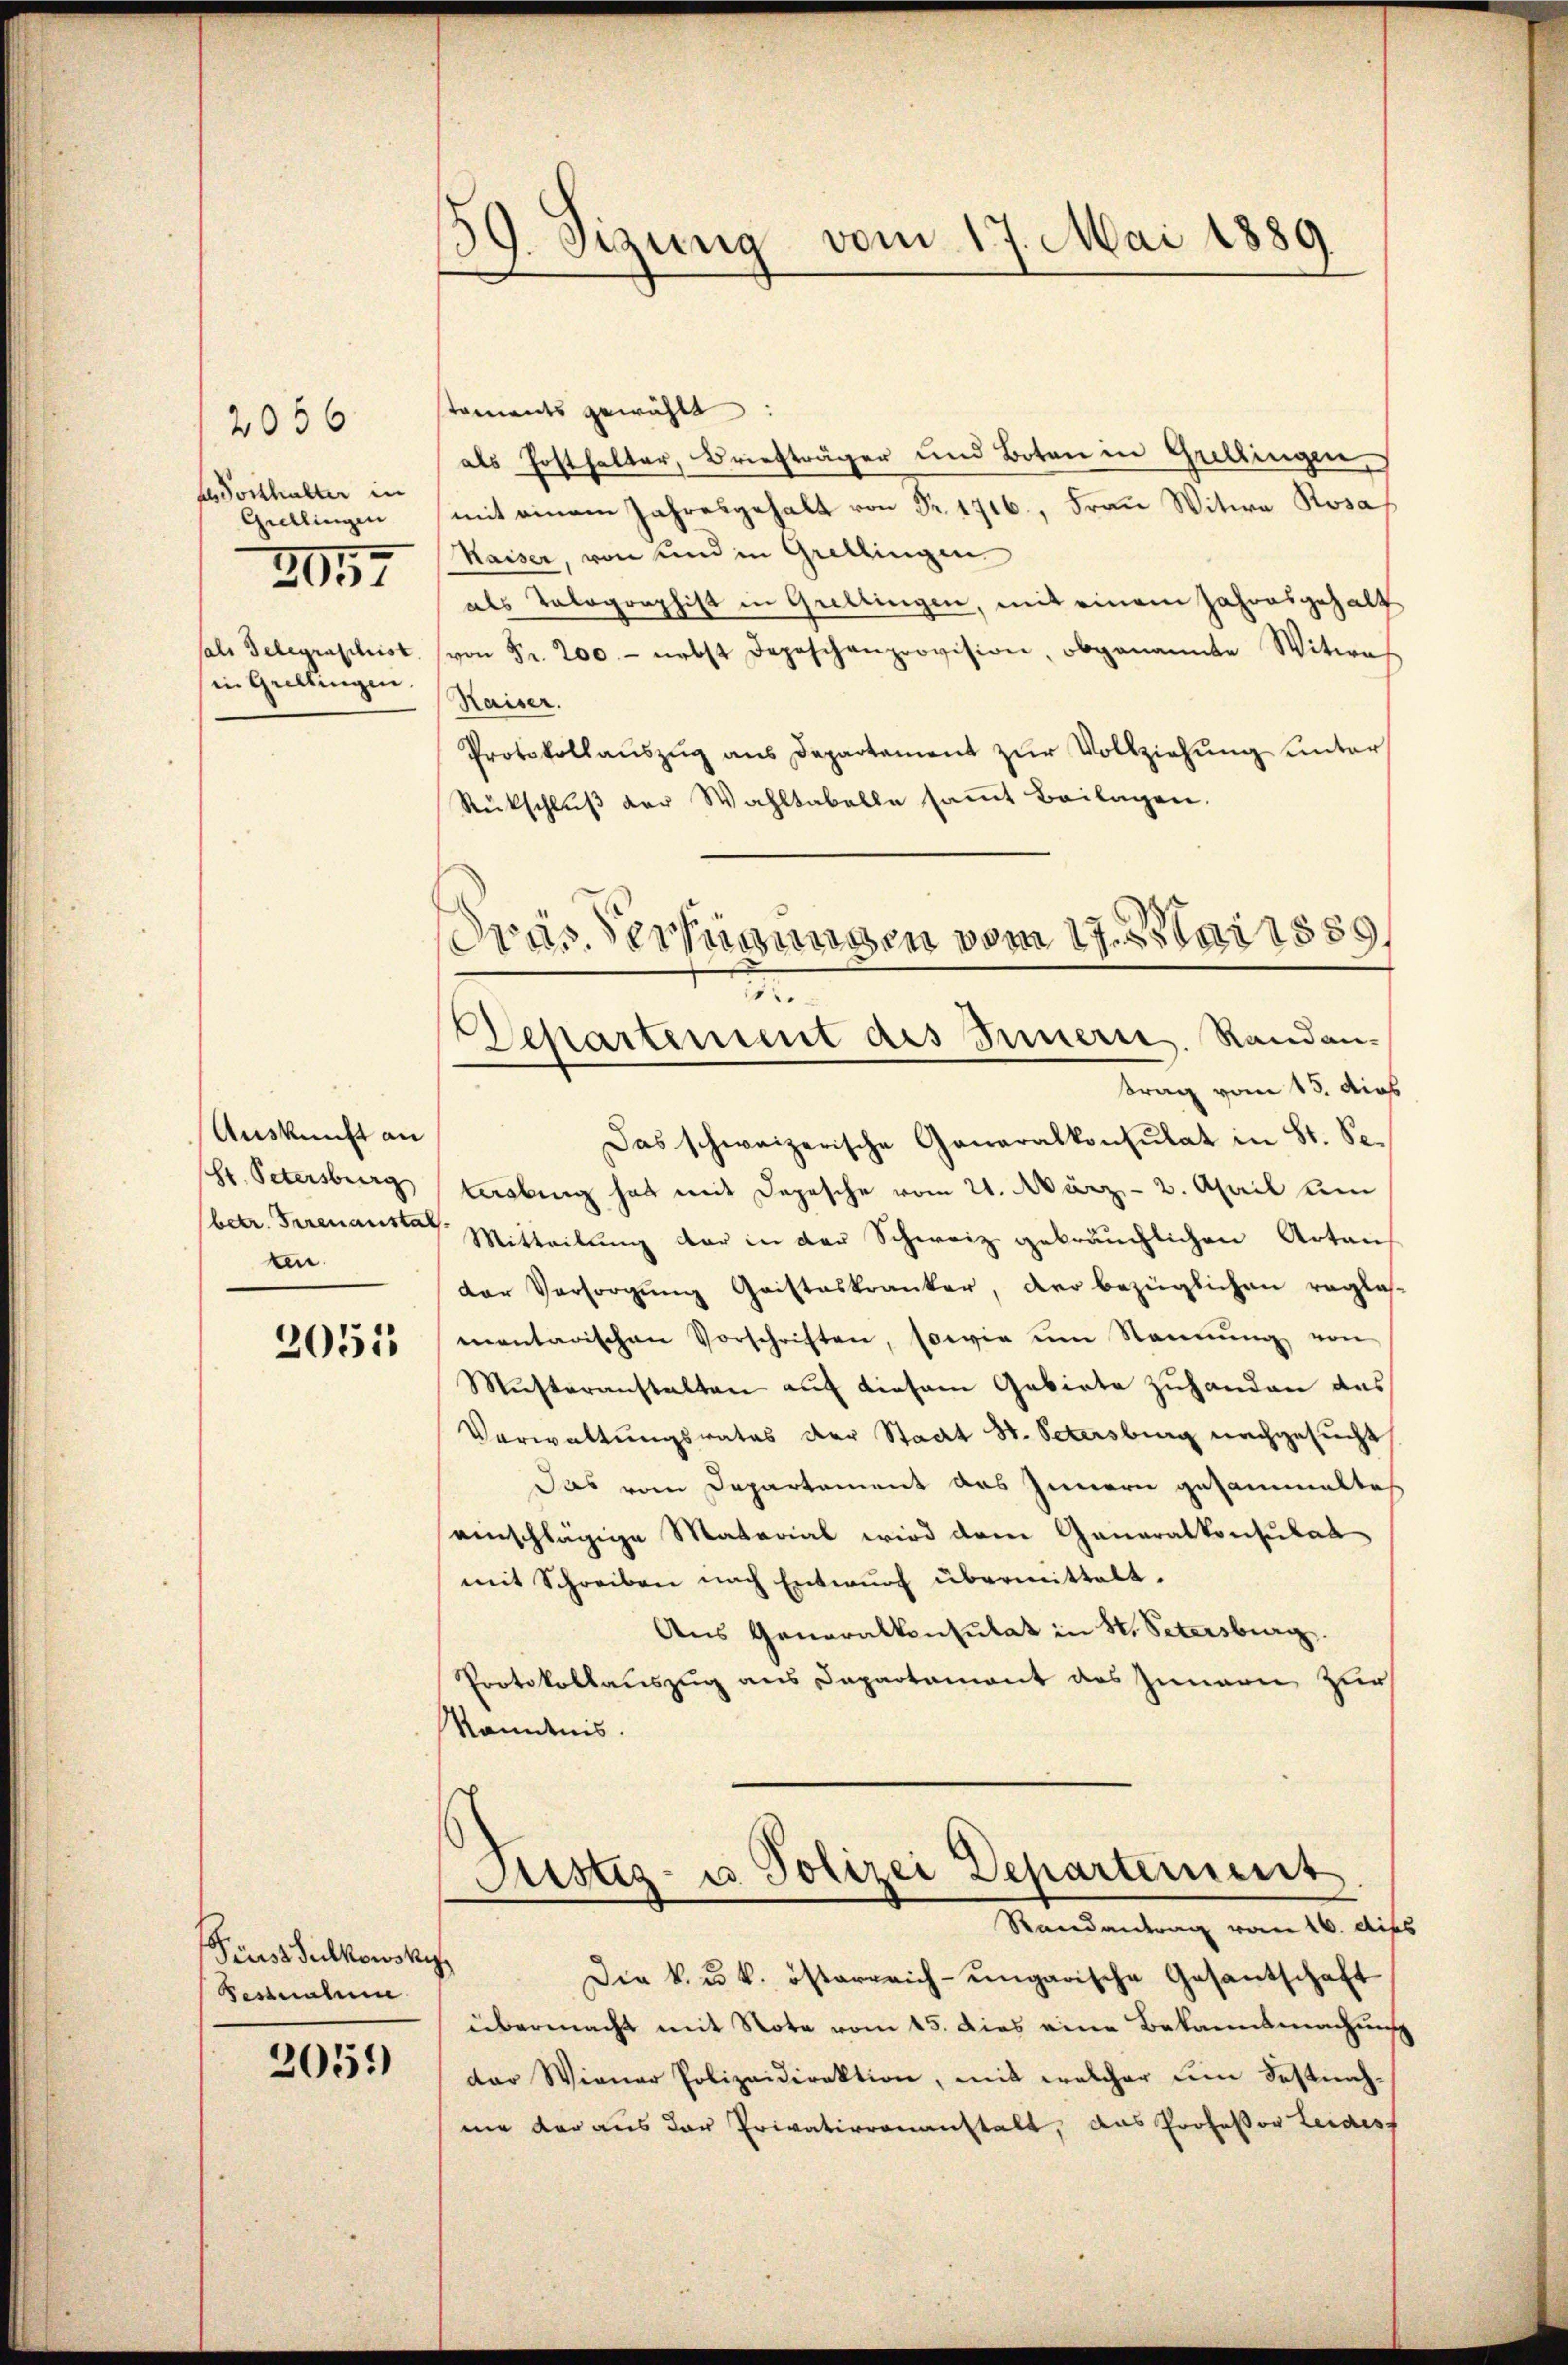
2036
as Posthalter in
Grellingen
7
203
als Telegraschist.
in Grellingen.

Auskunft an
Hr. Petersburg
ten

2051

Pius Sulkowsky
Pestatum

2051)

39. Sizung vom 17. Mai 1889

toments gewählt:
als Posthalter, Briefträger und Boten in Grellingen,
mit einem Jahresgehalt von Fr. 1716, Frau Witwe Rosa
Kaiser, von und in Grellingen
als Talographist in Grellingen, mit einem Jahresgehalt
von Fr. 200 - nebst Depeschenprovision, obgenannte Witwes
Kaiser.
Protokollaŭszŭg ans Departament zŭr Vollziehung unter
Rückschluß der Wahltabelle sammt Beilagen.
Das schweizerische Generalkonsulat in St. Selasbing hat mit Depesche vom 21. März - 2. April um
betr. Serenanste Mitteilung der in der Schweiz gebräuchlichen Arten
der Versorgung Gristeskranker, der bezüglichen reglas-
mentarischen Vorschriften, sowie im Nennung von
Musteranstalten auf diesem Gebiete zuhanden das
Verwaltungsrates der Stadt St. Petersburg nachgesucht
Das vom Departement das Innern gesammeltes
einschlägige Material wird dem Generalkonsulat
mit Schreiben nach Entwŭrf übermittelt.
Aus Generalkonsulat in St. Petersburg.
Protokollauszug aus Dapartement des Innern zur
Kanntnis.
Justiz- u. Polizei Departement
Randantrag vom 16. dies
Die k. u. k. österreich-ungarische Gesantschaft
übermacht mit Note vom 15. dies eine Bekannsmachung
der Wiener Polizeidirektion, mit welcher eine Festnachnie der aus der Privatierenanstalt, das Professor Leides

ras Verfügungen vom 17. Mai 1889,
d
Departement des Innern. Randantrag vom 15. dies